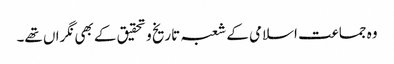
وہ جماعت اسلامی کے شعبہ تاریخ و تحقیق کے بھی نگراں تھے۔